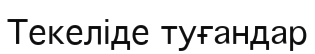
Текеліде туғандар